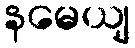
နမေယျ